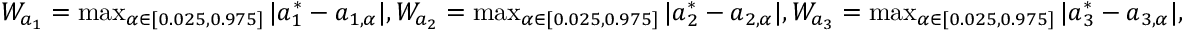
\begin{array} { r } { W _ { a _ { 1 } } = \operatorname* { m a x } _ { \alpha \in [ 0 . 0 2 5 , 0 . 9 7 5 ] } | a _ { 1 } ^ { * } - a _ { 1 , \alpha } | , W _ { a _ { 2 } } = \operatorname* { m a x } _ { \alpha \in [ 0 . 0 2 5 , 0 . 9 7 5 ] } | a _ { 2 } ^ { * } - a _ { 2 , \alpha } | , W _ { a _ { 3 } } = \operatorname* { m a x } _ { \alpha \in [ 0 . 0 2 5 , 0 . 9 7 5 ] } | a _ { 3 } ^ { * } - a _ { 3 , \alpha } | , } \end{array}